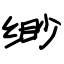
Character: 缈